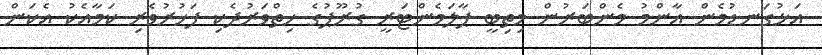
އަޅުގަނޑުމެން އާންމު މެންބަރުން މިތިބީ ޕާލަމެންޓަރީ ގުރޫޕުގެ ހިތްވަރުދެކި ފަޚުރުވެރި ކަމާއެކު އެކަން